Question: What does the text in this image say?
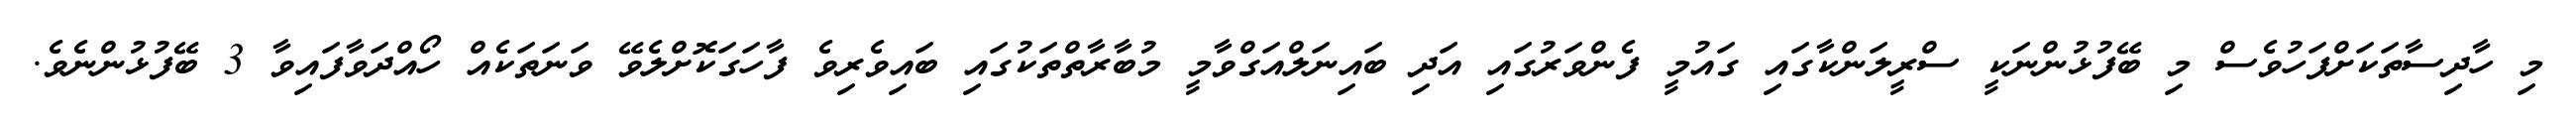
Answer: މި ހާދިސާތަކަށްފަހުވެސް މި ބޭފުޅުންނަކީ ސްރީލަންކާގައި ގައުމީ ފެންވަރުގައި އަދި ބައިނަލްއަގްވާމީ މުބާރާތްތަކުގައި ބައިވެރިވެ ފާހަގަކޮށްލެވޭ ވަނަތަކެއް ހޯއްދަވާފައިވާ 3 ބޭފުޅުންނެވެ.